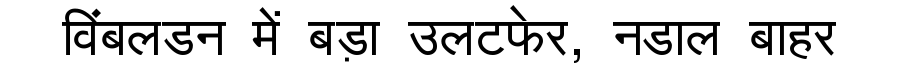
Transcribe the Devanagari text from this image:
विंबलडन में बड़ा उलटफेर, नडाल बाहर